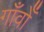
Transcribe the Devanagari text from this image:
गाँवोँ